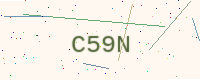
Text: C59N